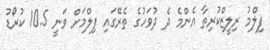
ފިލްމު ރިލީޒްކުރިތާ އެންމެ ދެ ދުވަހުގެ ތެރޭގައި ފިލްމަށް ވަނީ 10.5 ކުރޯޑު